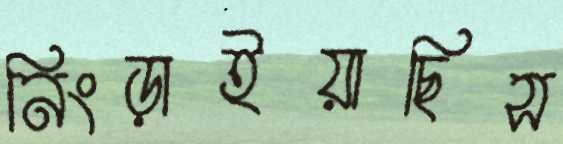
নিংড়াইয়াছিস